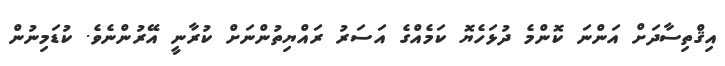
އިޤްތިސާދަށް އަންނަ ކޮންމެ ދުޅަހެޔޮ ކަމެއްގެ އަސަރު ރައްޔިތުންނަށް ކުރާނީ އޭރުންނެވެ. ކުޑަމިނުން